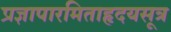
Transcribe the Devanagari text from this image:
प्रज्ञापारमिताहृदयसूत्र